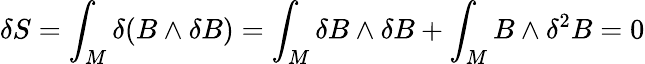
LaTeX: \delta S=\int_{M}\delta(B\wedge\delta B)=\int_{M}\delta B\wedge\delta B+\int_{M}B\wedge\delta^{2}B=0